Lunatic asylums Punjab 1881-1894 - 1881-1894
Year: 1881
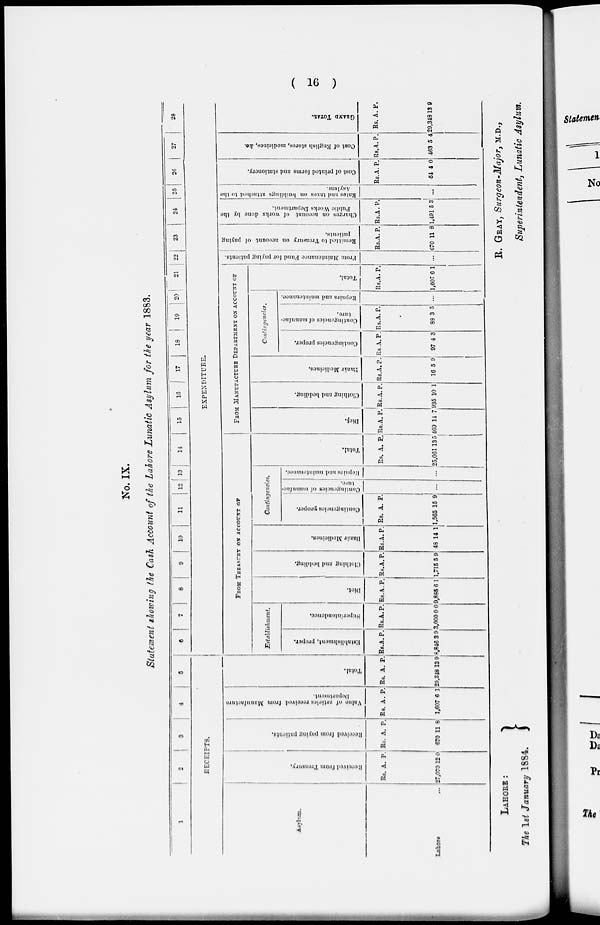
( 16 )
No. IX.
Statement showing the Cash Account of the Lahore Lunatic Asylum for the year 1883.
1
2
3
4
5
RECEIPTS.
Asylum.
Lahore
Received from Treasury.
Rs.
27.070
A.
12
P.
0
Received
from paying patients.
Rs.
670
A.
11
P.
8
Value
of articles received from Manufacture
Department.
Rs..
1,607
A.
6
P.
1
Total.
Rs.
29,348
A.
13
P.
9
6
7
8
9
10
11
12 13
14
15
16
17
18
19
20
21 22 23 24 25 26 27
28
EXPENDITURE.
FROM TREASURY ON ACCOUNT OF
Establishment.
Establishment, proper.
Rs.
8,846
A.
3
P.
9
Superintendent.
Rs.
3,000
A.
0
P.
0
Diet.
Rs.
9,885
A.
6
P.
1
Clothing and bedding.
Rs.
1,715
A.
5
P.
9
Bazár Medicines.
Rs.
48
A.
14
P.
1
Contingencies.
Contingencies proper.
Rs.
1.565
A.
15
P.
9
Contingeneies
of manufac-
ture.
...
Repairs and maintenance.
...
Total.
Rs.
25,061
A.
13
P.
5
FROM MANUFACTURE DEPARTMENT ON ACCOUNT OF
Diet.
Rs.
469
A.
14
P.
7
Clothing and bedding.
Rs.
935
A.
10
P.
1
Bazár Medicines,
Rs.
16
A.
5
P.
9
Contingencies.
Contingencies proper.
Rs.
97
A.
4
P.
3
Contingencies of manufac-
ture.
Rs.
88
A.
3
P.
5
Repairs and maintenance.
...
Total.
Rs.
1,607
A.
6
P.
1
From
Maintenance Fund for paying patients.
...
Remitted to Treasury on account of paying
patients.
Rs.
670
A.
11
P.
8
Charges on account of works done by the
Public Works Department.
Rs.
1,491
A.
5
P.
3
Rates
and taxes on buildings attached to the
Asylum.
...
Cost of printed forms and stationery.
Rs.
54
A.
4
P.
0
Cost of English stores, medicines,
&c.
Rs.
463
A.
5
P.
4
GRAND TOTAL.
Rs..
29,348
A.
13
P.
9
LAHORE:
The 1st January 1884.
R. GRAY, Surgeon-Major, M.D.,
Superintendent, Lunatic Asylum.